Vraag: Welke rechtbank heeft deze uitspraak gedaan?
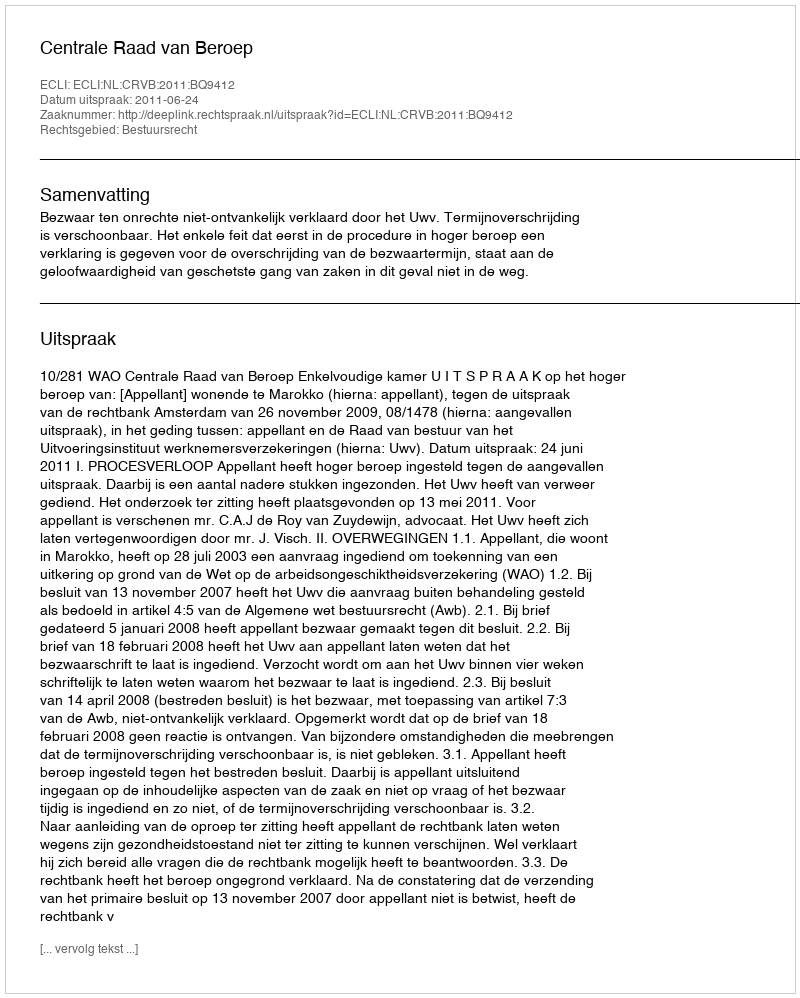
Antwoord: Centrale Raad van Beroep